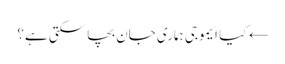
← کیا ایموجی ہماری جان بچا سکتی ہے؟